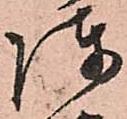
陣